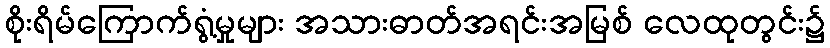
စိုးရိမ်ကြောက်ရွံ့မှုများ အသားဓာတ်အရင်းအမြစ် လေထုတွင်း၌